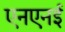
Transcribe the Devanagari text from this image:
एनएनई